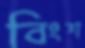
বিংশ